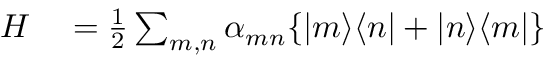
\begin{array} { r l } { H } & { { } = \frac { 1 } { 2 } \sum _ { m , n } \alpha _ { m n } \{ | m \rangle \langle n | + | n \rangle \langle m | \} } \end{array}